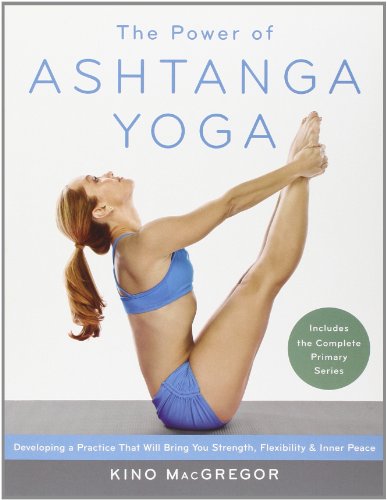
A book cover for The Power of Ashtanga Yoga: Developing a Practice That Will Bring You Strength, Flexibility, and Inner Peace--Includes the complete Primary Series; Kino MacGregor; Health, Fitness & Dieting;